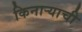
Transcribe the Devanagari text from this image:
किनार्‍याची